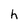
Character: h